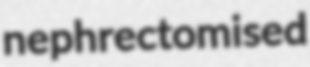
nephrectomised